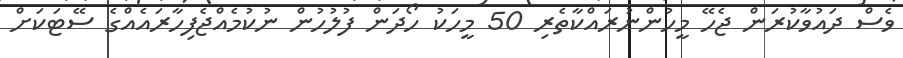
ވެސް ދައުވާކުރަން ޖެހޭ މީހުންނުރައްކާތެރި 50 މީހަކު ހޯދަން ފުލުހުން ނުކުމެއްޖެފިހާރައެއްގެ ސޭޓަކަށް